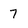
Character: 7